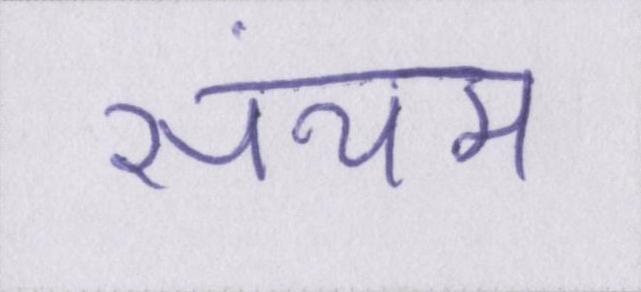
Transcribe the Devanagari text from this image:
संयम